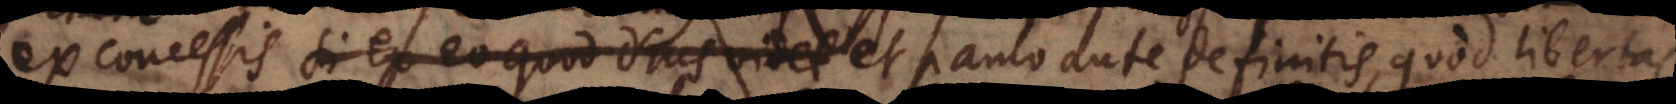
ex concessis si ex eo quod Deus videt et paulo ante definitis, quod libertas